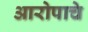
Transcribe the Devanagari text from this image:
आरोपाचे